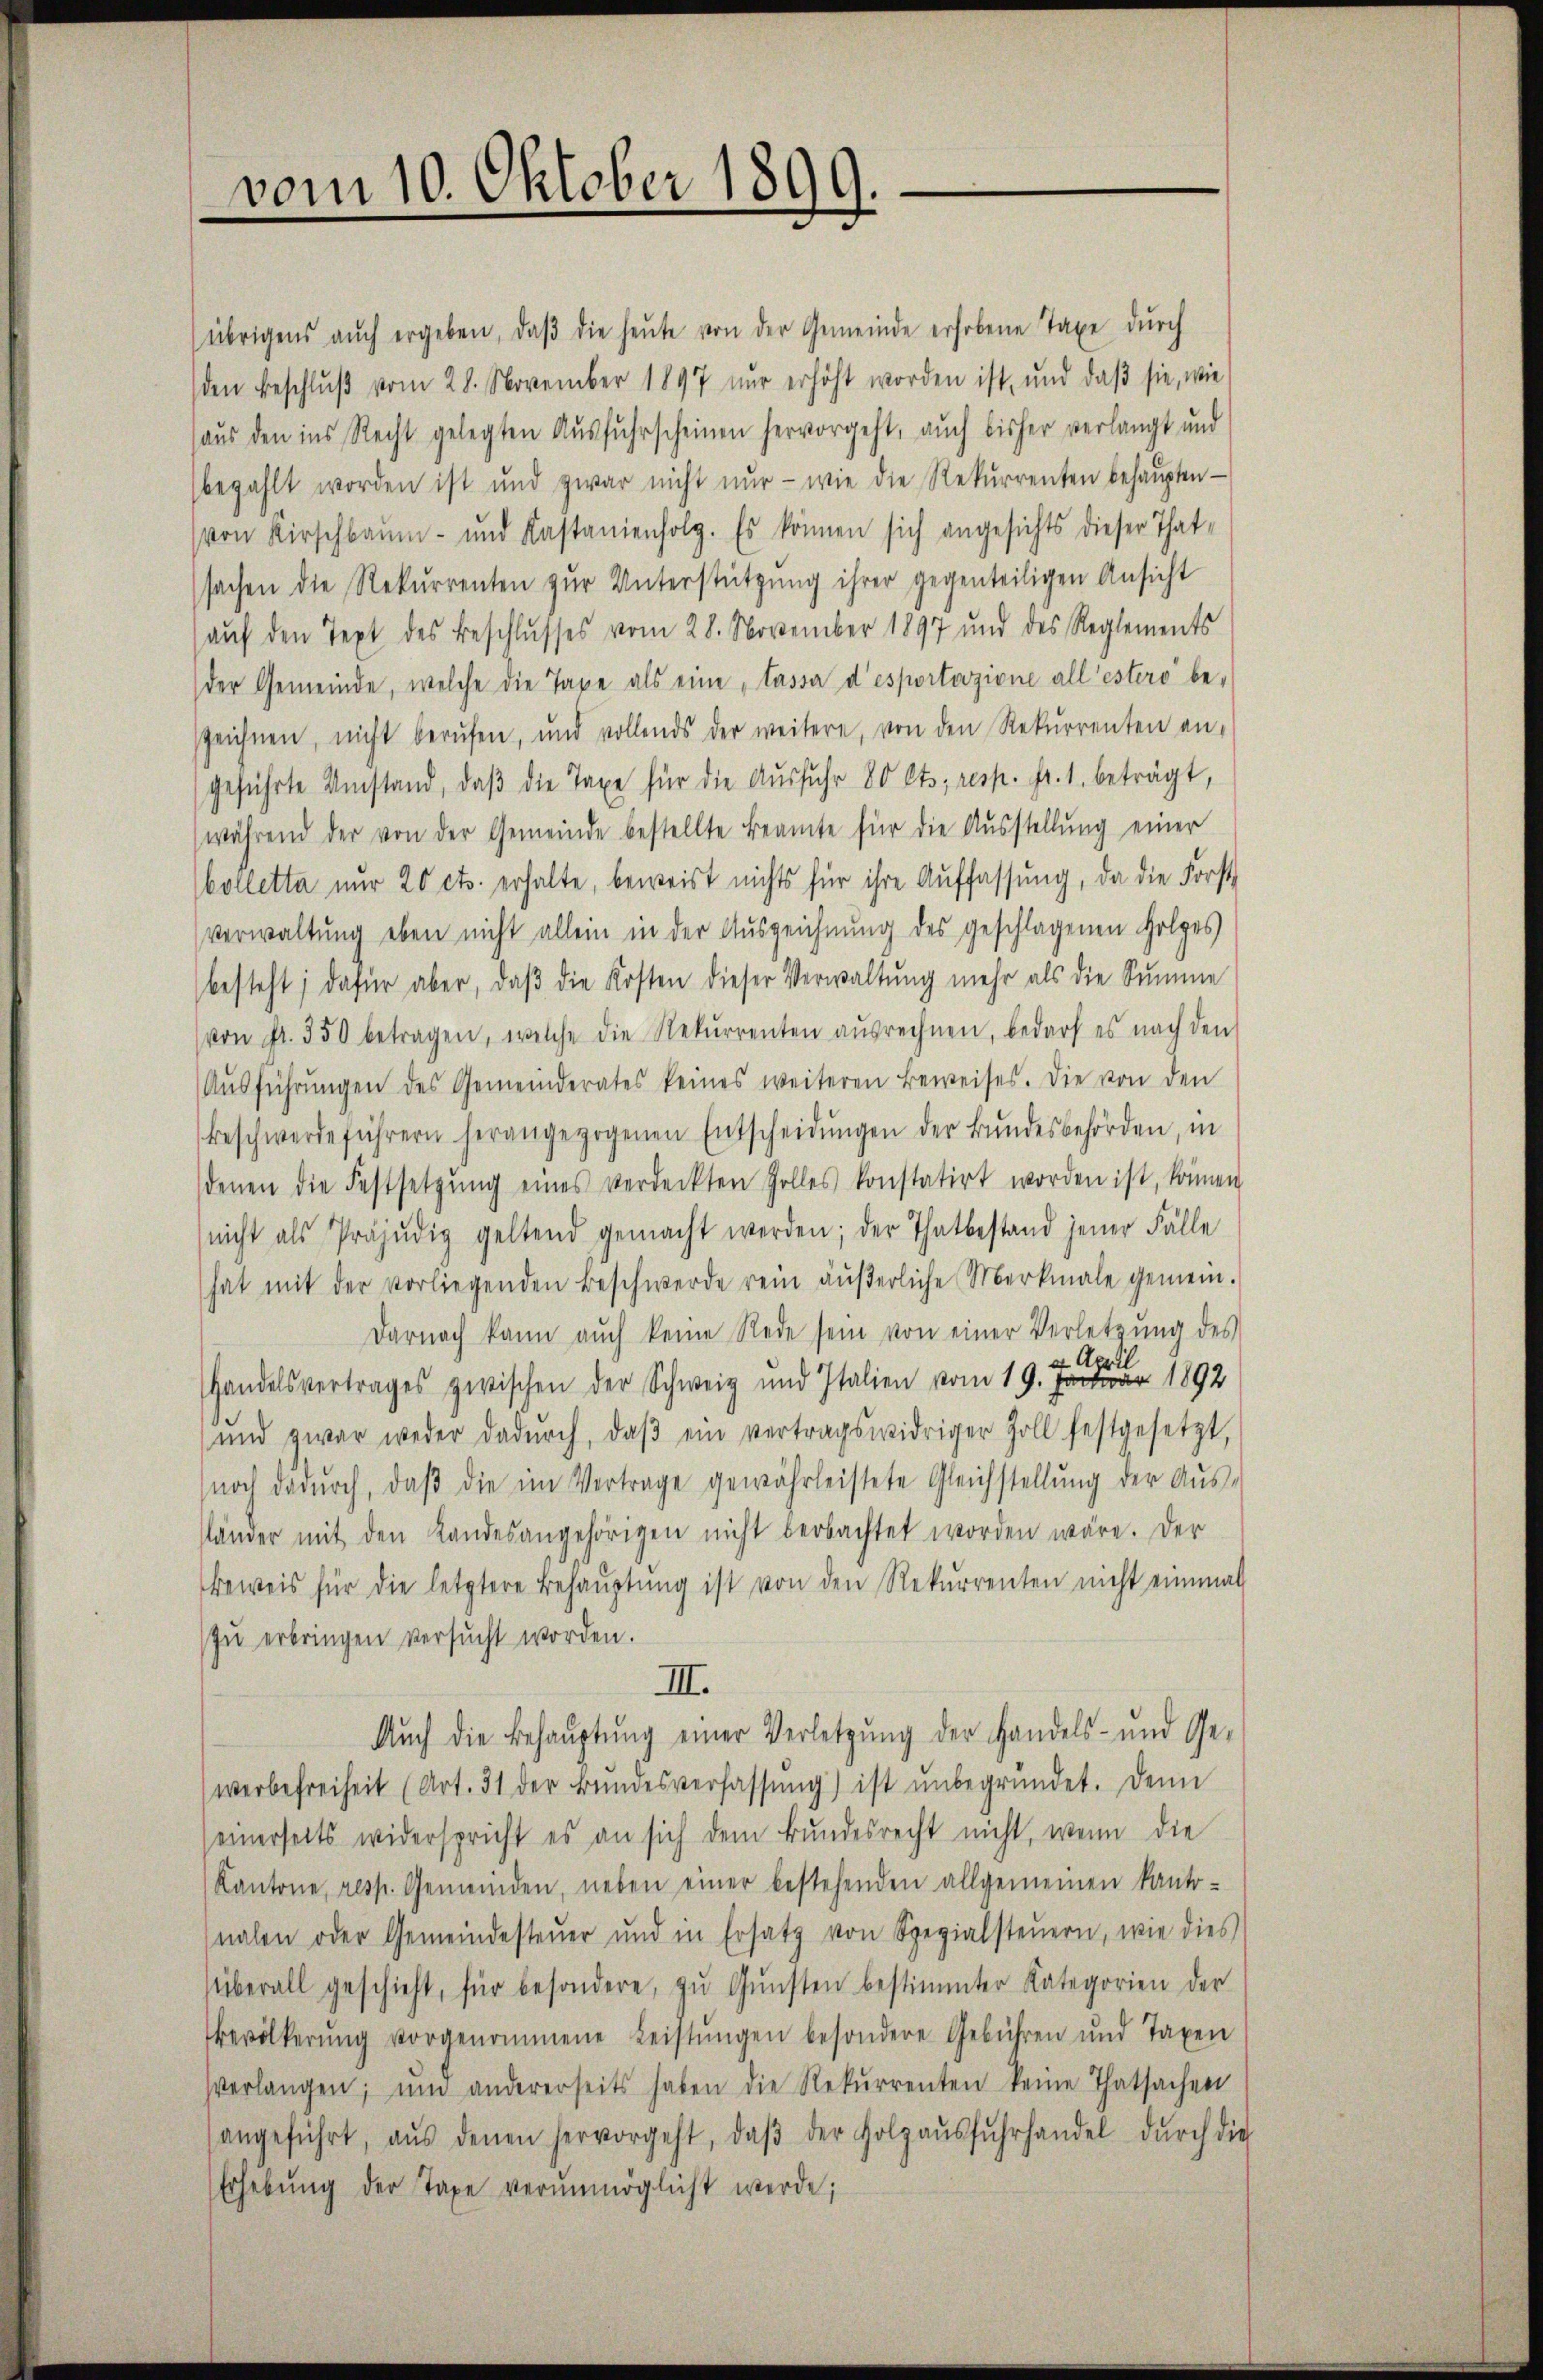
vom 10. Oktober 1899.

übrigens aŭch ergeben, daβ die heŭte von der Gemeinde erhobene Taxe dŭrch
den Beschlŭβ vom 28. November 1897 nur erhöht worden ist, und daβ sie, wie
aus den ins Recht gelegten Aŭsfŭhrscheinen hervorgeht, auch bisher verlangt und
bezahlt worden ist und zwar nicht nŭr - wie die Rekŭrrenten behaŭpten-
von Kirschbaum- und Kastanienfolg. Es können sich angesichts dieser Thatsachen die Rekurrenten zŭr Unterstützŭng ihrer gegenteiligen Ansicht
aŭf den Text des Beschlŭsses vom 28. November 1897 und des Reglements
der Gemeinde, welche die Taxe als eine „tassa d’esportazione all esters beszeichnen, nicht berŭfen, und vollends der weitere, von den Rekurrenten an-
geführte Umstand, daβ die Taxe für die Ausfuhr 80 Cts, resp. fr. 1. beträgt,
während der von der Gemeinde bestellte Beamte für die Aŭsstellŭng einer
bolletta nur 20 cts. erhalte, beweist nichts für ihre Auffassung, da die Forst
verwaltung eben nicht allein in der Auszeichnung des geschlagenen Holzes
besteht; dafür aber, daβ die Kosten dieser Verwaltung mehr als die Summe
von fr. 350 betragen, welche die Rekurrenten aŭsrechnen, bedarf es nach den
Aŭsführŭngen des Gemeinderates keines weiteren Beweises. Die von den
beschwerde führern herangezogenen Entscheidŭngen der Bŭndesbehörden, in
denen die Festsetzŭng eines verdeckten Zolles konstatirt worden ist, können
nicht als Präjŭdig geltend gemacht werden; der Thatbestand jener Fälle
hat mit der vorliegenden Beschwerde rein äußerliche Merkmale gemein.
Darnach kann aŭch keine Rede sein von einer Verletzŭng des
ar 1892
Handelsvertrages zwischen der Schweiz und Italien vom 19. 4. April
und zwar weder dadŭrch, daβ ein vertragswidriger Zoll festgesetzt,
(noch dadŭrch, daβ die im Vertrage gewährleistete Gleichstellŭng der Aŭs-
lämer mit den Landesangehörigen nicht beobachtet worden wäre. Der
Beweis für die letztere Behauptung ist von den Rekurrenten nicht einmal
zŭ erbringen versucht worden.
III.
Aŭch die Behauptung einer Verletzŭng der Handels- und Ge-
werbefreiheit (Art. 31 der Bŭndesverfassŭng) ist ŭnbegründet. Denn
seinerseits widerspricht es an sich dem Bŭndesrecht nicht, wenn die
Kantone, resp. Gemeinden, neben einer bestehenden allgemeinen kanto-
nalen oder Gemeindesteŭer und in Ersatz von Spezialsteŭern, wie dies
überall geschieht, für besondere, zŭ Gŭnsten bestimmter Kategorien der
Bevölkerŭng vorgenommene Leistŭngen besondere Gebühren und Taxen
verlangen; und andererseits haben die Rekŭrrenten keine Thatsachen
angeführt, aŭs denen hervorgeht, daβ der Holzaŭsfŭhrhandel dŭrch die
Erhebŭng der Taxe verŭnmöglicht werde;